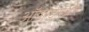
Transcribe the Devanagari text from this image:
ऑपरेटरोंऔर